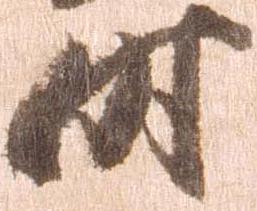
時